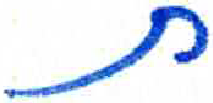
אות: ת